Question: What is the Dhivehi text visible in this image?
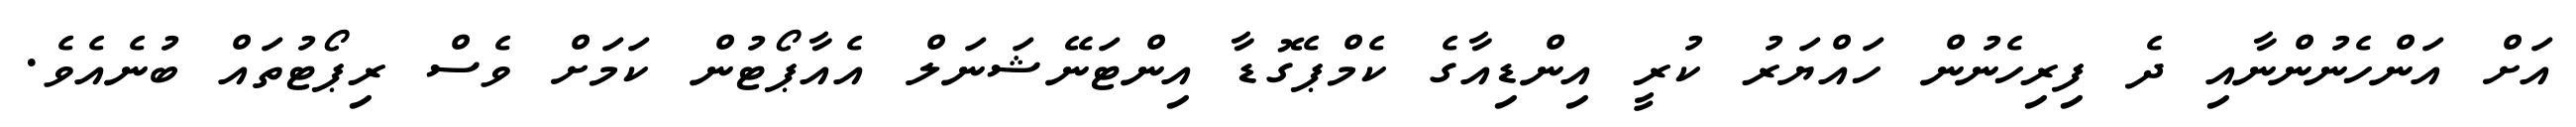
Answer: އަށް އަންހެނުންނާއި ދެ ފިރިހެނުން ހައްޔަރު ކުރީ އިންޑިއާގެ ކެމްޕެގޮޑާ އިންޓަނޭޝަނަލް އެއާޕޯޓުން ކަމަށް ވެސް ރިޕޯޓުތައް ބުނެއެވެ.